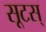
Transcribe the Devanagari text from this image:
सूटस्